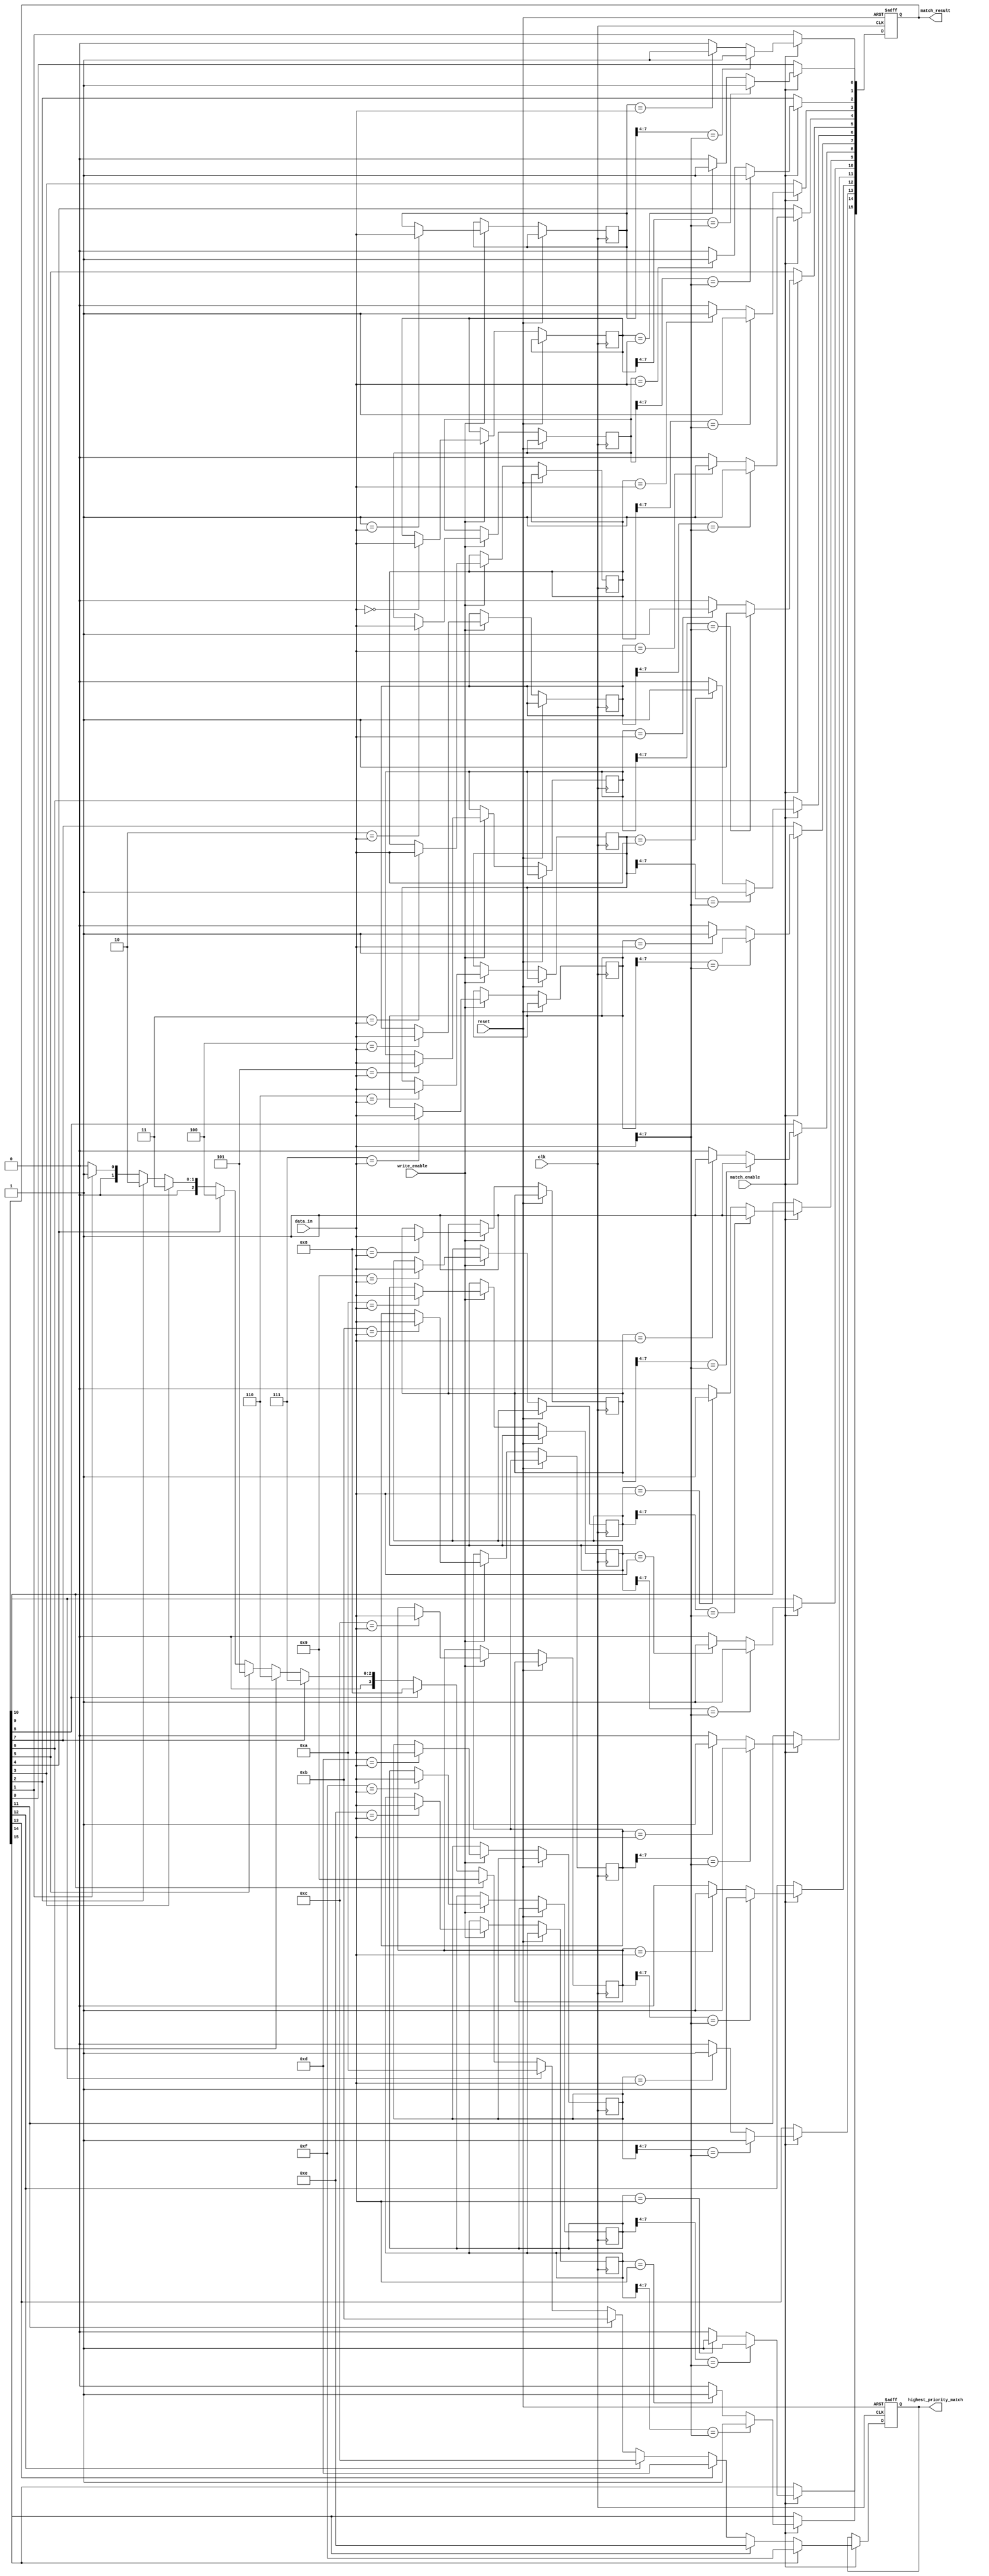
module HybridCAM #(
    parameter ENTRY_WIDTH = 8,  // Width of each entry
    parameter NUM_ENTRIES = 16   // Number of entries in the CAM
)(
    input wire clk,
    input wire reset,
    input wire [ENTRY_WIDTH-1:0] data_in, // Data input for write and match
    input wire write_enable,                // Write enable signal
    input wire match_enable,                // Match enable signal
    output reg [NUM_ENTRIES-1:0] match_result, // Match result for each entry
    output reg [$clog2(NUM_ENTRIES)-1:0] highest_priority_match // Address of highest priority match
);

    // Storage array (SRAM-like)
    reg [ENTRY_WIDTH-1:0] storage_array [0:NUM_ENTRIES-1];

    // Match logic
    integer i;
    always @(posedge clk or posedge reset) begin
        if (reset) begin
            match_result <= 0;
            highest_priority_match <= 0;
        end else begin
            if (write_enable) begin
                // Write data to storage
                for (i = 0; i < NUM_ENTRIES; i = i + 1) begin
                    if (i == data_in[ENTRY_WIDTH-1:0]) begin // Example write condition
                        storage_array[i] <= data_in;
                    end
                end
            end
            
            if (match_enable) begin
                // Initialize match result
                match_result <= 0;
                highest_priority_match <= 0;
                
                // Exact match logic
                for (i = 0; i < NUM_ENTRIES; i = i + 1) begin
                    if (storage_array[i] == data_in) begin
                        match_result[i] <= 1'b1;
                    end else begin
                        match_result[i] <= 1'b0;
                    end
                end

                // Prefix match logic (for example, matching the first 4 bits)
                for (i = 0; i < NUM_ENTRIES; i = i + 1) begin
                    if (storage_array[i][ENTRY_WIDTH-1:4] == data_in[ENTRY_WIDTH-1:4]) begin
                        match_result[i] <= 1'b1;
                    end
                end
                
                // Priority encoding to find the highest priority match
                for (i = 0; i < NUM_ENTRIES; i = i + 1) begin
                    if (match_result[i]) begin
                        highest_priority_match <= i; // Update to the latest match
                    end
                end
            end
        end
    end
endmodule